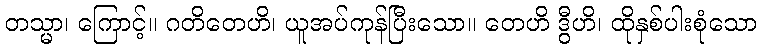
တသ္မာ၊ ကြောင့်။ ဂတိတေဟိ၊ ယူအပ်ကုန်ပြီးသော။ တေဟိ ဒွီဟိ၊ ထိုနှစ်ပါးစုံသော